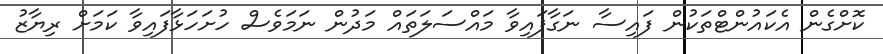
ކޮށްގެން އެކައުންޓްތަކުން ފައިސާ ނަގާފައިވާ މައްސަލަތައް މަދުން ނަމަވެސް ހުށަހަޅާފައިވާ ކަމަށް ރިޔާޒު